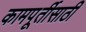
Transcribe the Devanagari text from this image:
कामपूर्तीसाठी